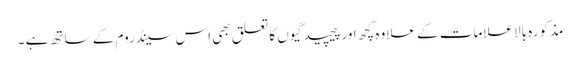
مذکورہ بالا علامات کے علاوہ کچھ اور پیچیدگیوں کا تعلق بھی اس سینڈروم کے ساتھ ہے ۔